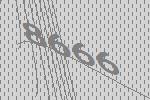
8666